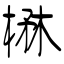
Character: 楙